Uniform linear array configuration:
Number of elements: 8
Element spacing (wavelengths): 0.25
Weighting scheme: binomial
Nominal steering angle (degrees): -45
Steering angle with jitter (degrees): -45.365
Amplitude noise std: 0.05
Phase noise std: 0.05

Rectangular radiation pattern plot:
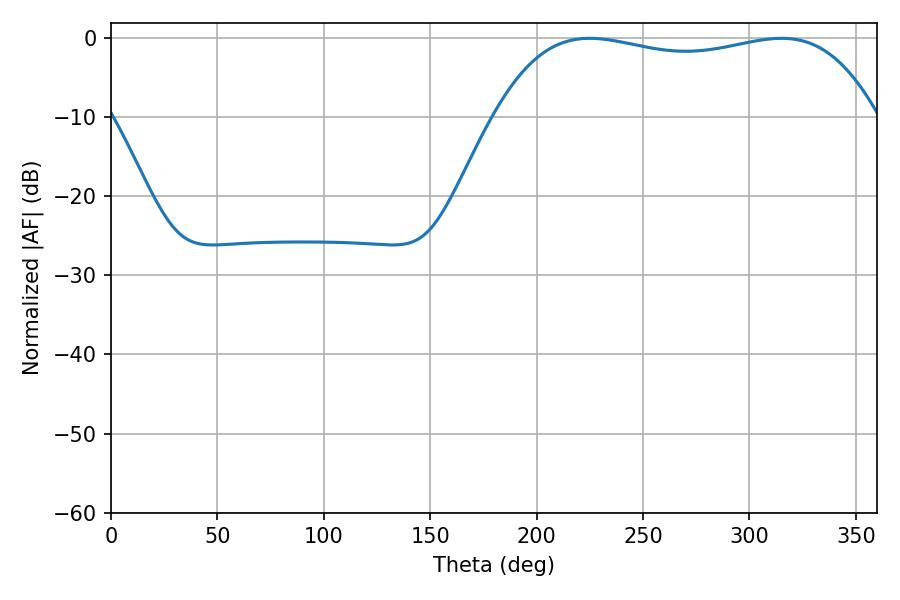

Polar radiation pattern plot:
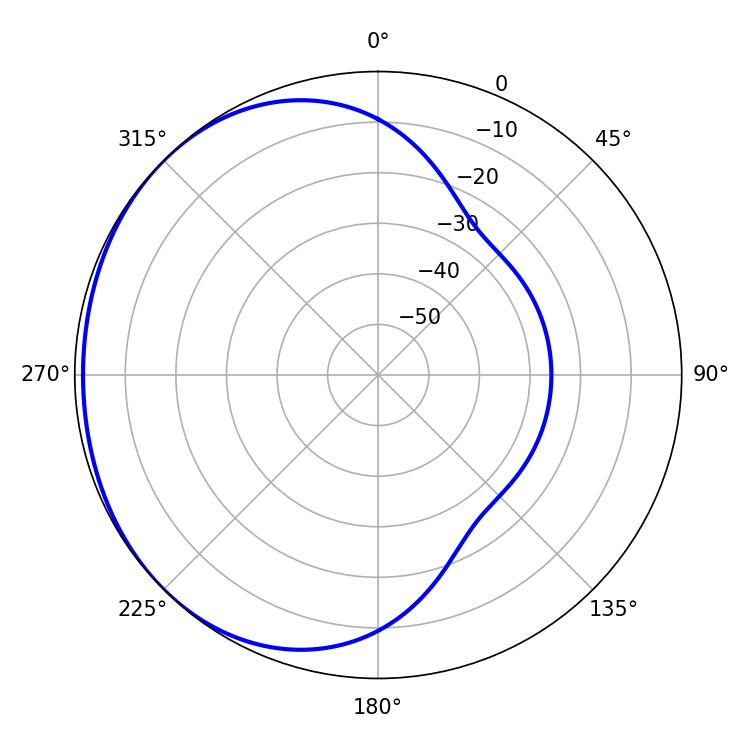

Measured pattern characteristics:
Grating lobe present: FALSE
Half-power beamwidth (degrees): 144.36
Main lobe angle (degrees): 225